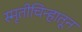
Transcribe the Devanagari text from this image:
स्मृतीचिन्हातून